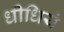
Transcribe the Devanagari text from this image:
धीधियं